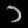
Digit: ၁